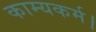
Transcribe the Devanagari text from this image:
काम्यकर्म।